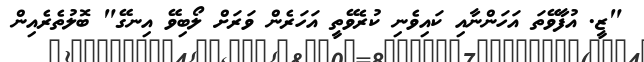
"ޒީ. އުފާވޭތަ އަހަންނާއި ކައިވެނި ކުރެވޭތީ އަހަރެން ވަރަށް ލޯބިވޭ އިނގޭ" ބޮލުތެރެއިން